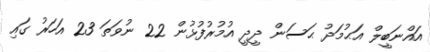
އައްނަބީލް އަޙުމަދު ޙަސަން ދީދީ އުމުރުފުޅުން 22 ނުވަތަ 23 އަހަރު ގައި